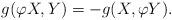
LaTeX: \begin{align*}g(\varphi X, Y)=-g(X,\varphi Y).\end{align*}